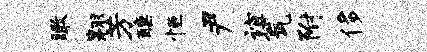
瞰翱芳醺恒尹谊瓮附侈